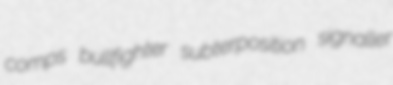
comps bullfighter subterposition signaller